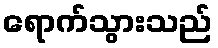
ရောက်သွားသည်